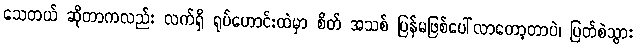
သေတယ် ဆိုတာကလည်း လက်ရှိ ရုပ်ဟောင်းထဲမှာ စိတ် အသစ် ပြန်မဖြစ်ပေါ်လာတော့တာပဲ၊ ပြတ်စဲသွား